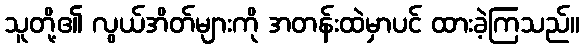
သူတို့၏ လွယ်အိတ်များကို အတန်းထဲမှာပင် ထားခဲ့ကြသည်။